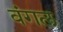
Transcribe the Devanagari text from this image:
वंगल